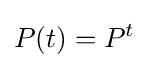
P(t)=P^{t}